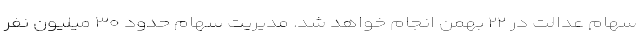
سهام عدالت در ۲۲ بهمن انجام خواهد شد. مدیریت سهام حدود ۳۰ میلیون نفر